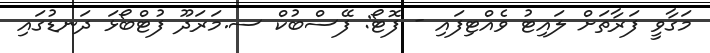
މަގާވީ ފަރާތަށް ލައިޓު ވެއްޓިފައި - ފޮޓޯ: ފޭސްބުކް ސ.މަރަދޫ ފުޓްބޯޅަ ދަނޑުގައި